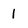
Character: 1